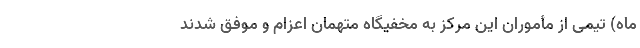
ماه) تیمی از مأموران این مرکز به مخفیگاه متهمان اعزام و موفق شدند